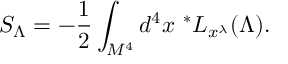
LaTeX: S _ { \Lambda } = - { \frac { 1 } { 2 } } \int _ { M ^ { 4 } } d ^ { 4 } x \ ^ { * } L _ { x ^ { \lambda } } ( \Lambda ) .